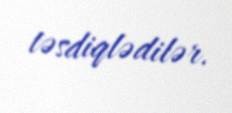
təsdiqlədilər.